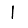
Digit: 1